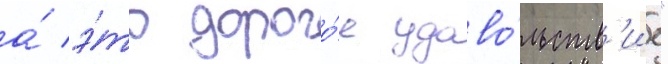
а́ э́то дорого́е удово́льств'ие"